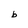
Character: b